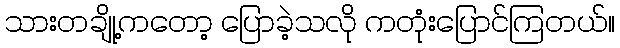
သားတချို့ကတော့ ပြောခဲ့သလို ကတုံးပြောင်ကြတယ်။